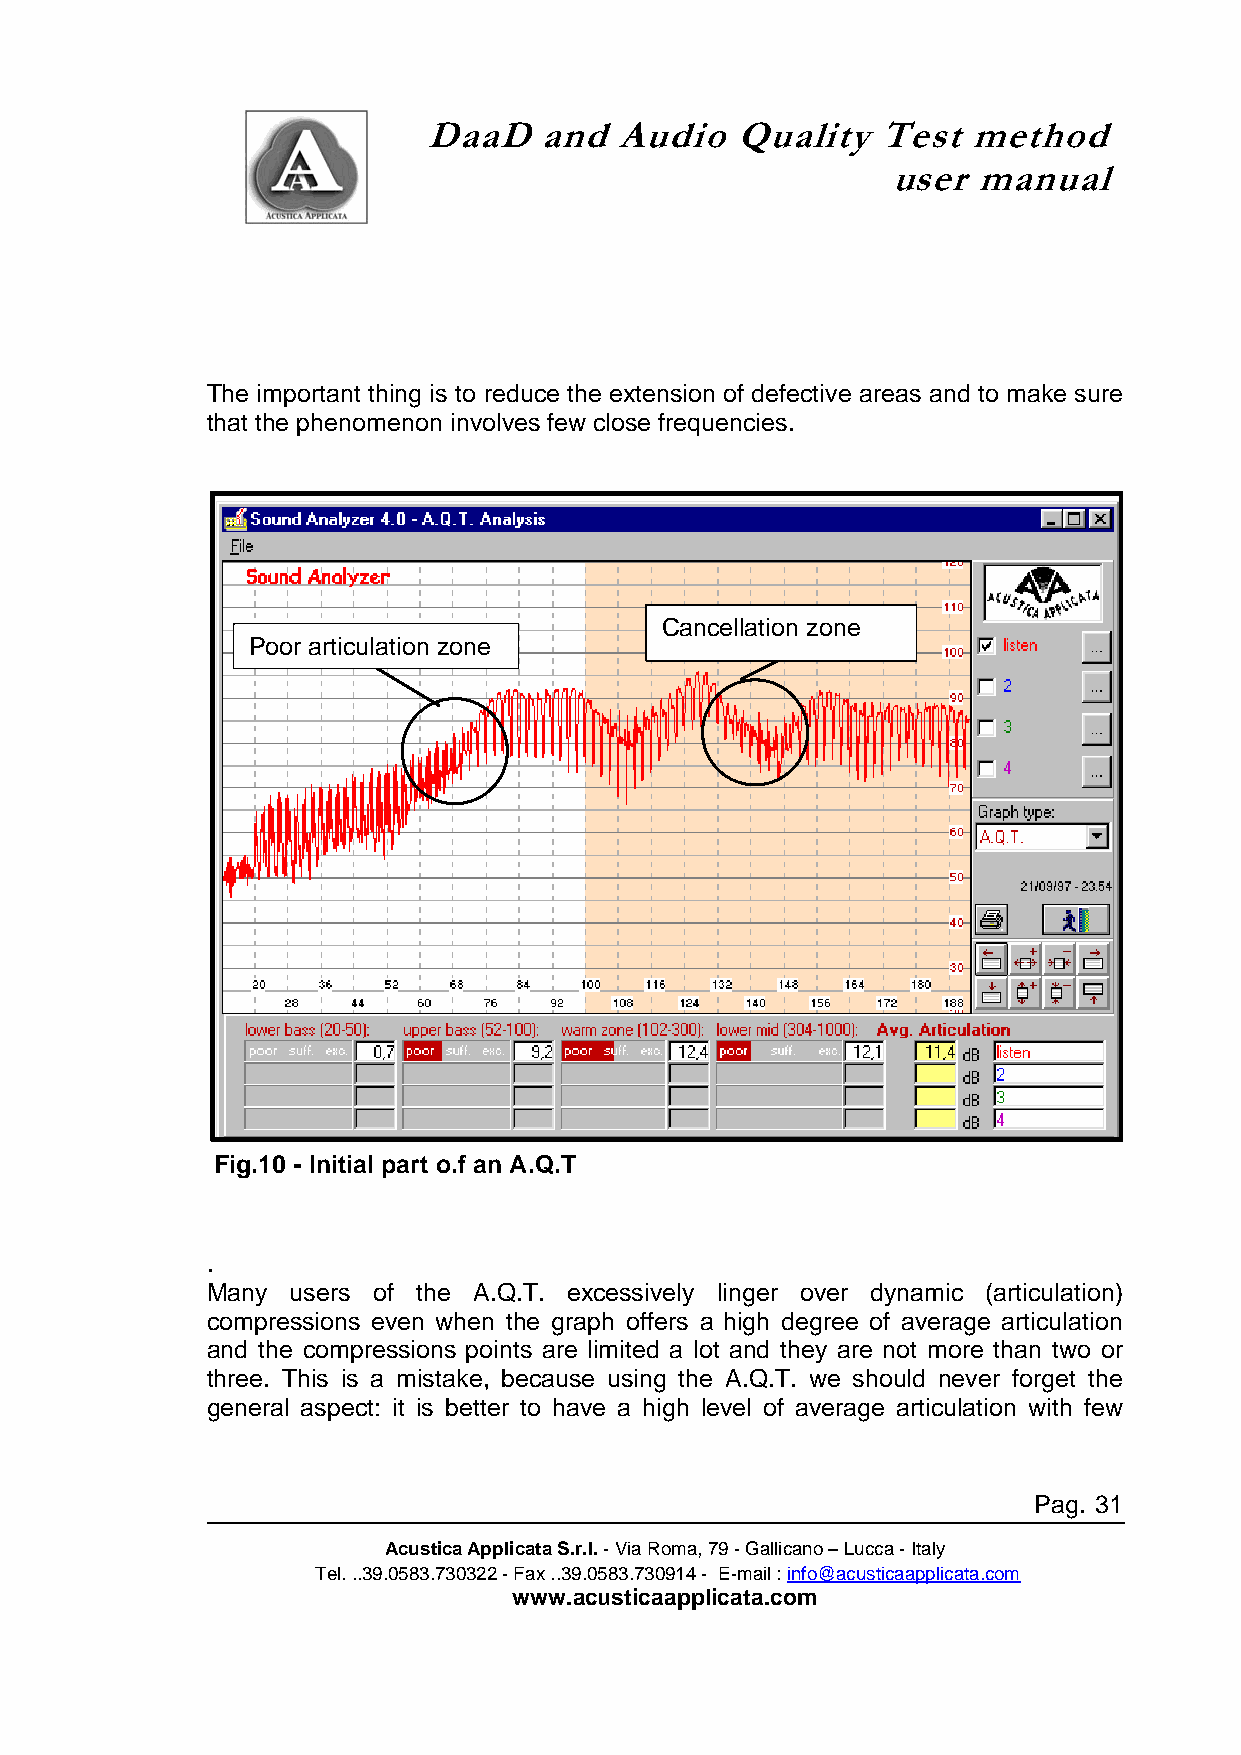
DaaD    and  Audio   Quality  Test  method
 user  manual
 The important thing is to reduce the extension of defective areas and to make sure
 that the phenomenon involves few close frequencies.
 Cancellation zone
 Poor articulation zone
 Fig.10 - Initial part o.f an A.Q.T
 .
 Many users of the A.Q.T. excessively linger over dynamic (articulation)
 compressions even when the graph offers a high degree of average articulation
 and the compressions points are limited a lot and they are not more than two or
 three. This is a mistake, because using the A.Q.T. we should never forget the
 general aspect: it is better to have a high level of average articulation with few
 Pag. 31
 Acustica Applicata S.r.l. - Via Roma, 79 - Gallicano – Lucca - Italy
 Tel. ..39.0583.730322 - Fax ..39.0583.730914 - E-mail : info@acusticaapplicata.com
 www.acusticaapplicata.com